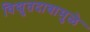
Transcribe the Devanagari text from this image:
विद्युतदाबामुळे